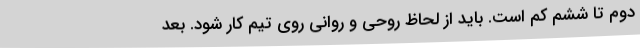
دوم تا ششم کم است. باید از لحاظ روحی و روانی روی تیم کار شود. بعد